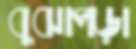
বুঝাপড়া